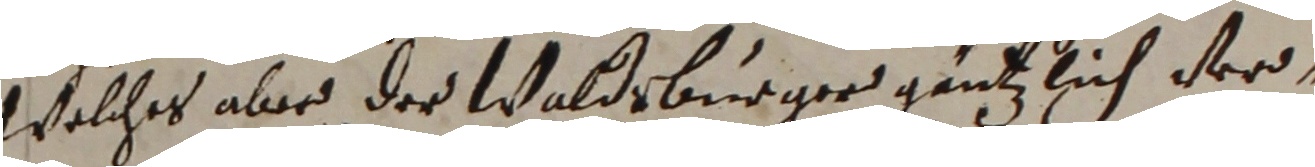
welches aber der Waldrburger gentzlich ver-